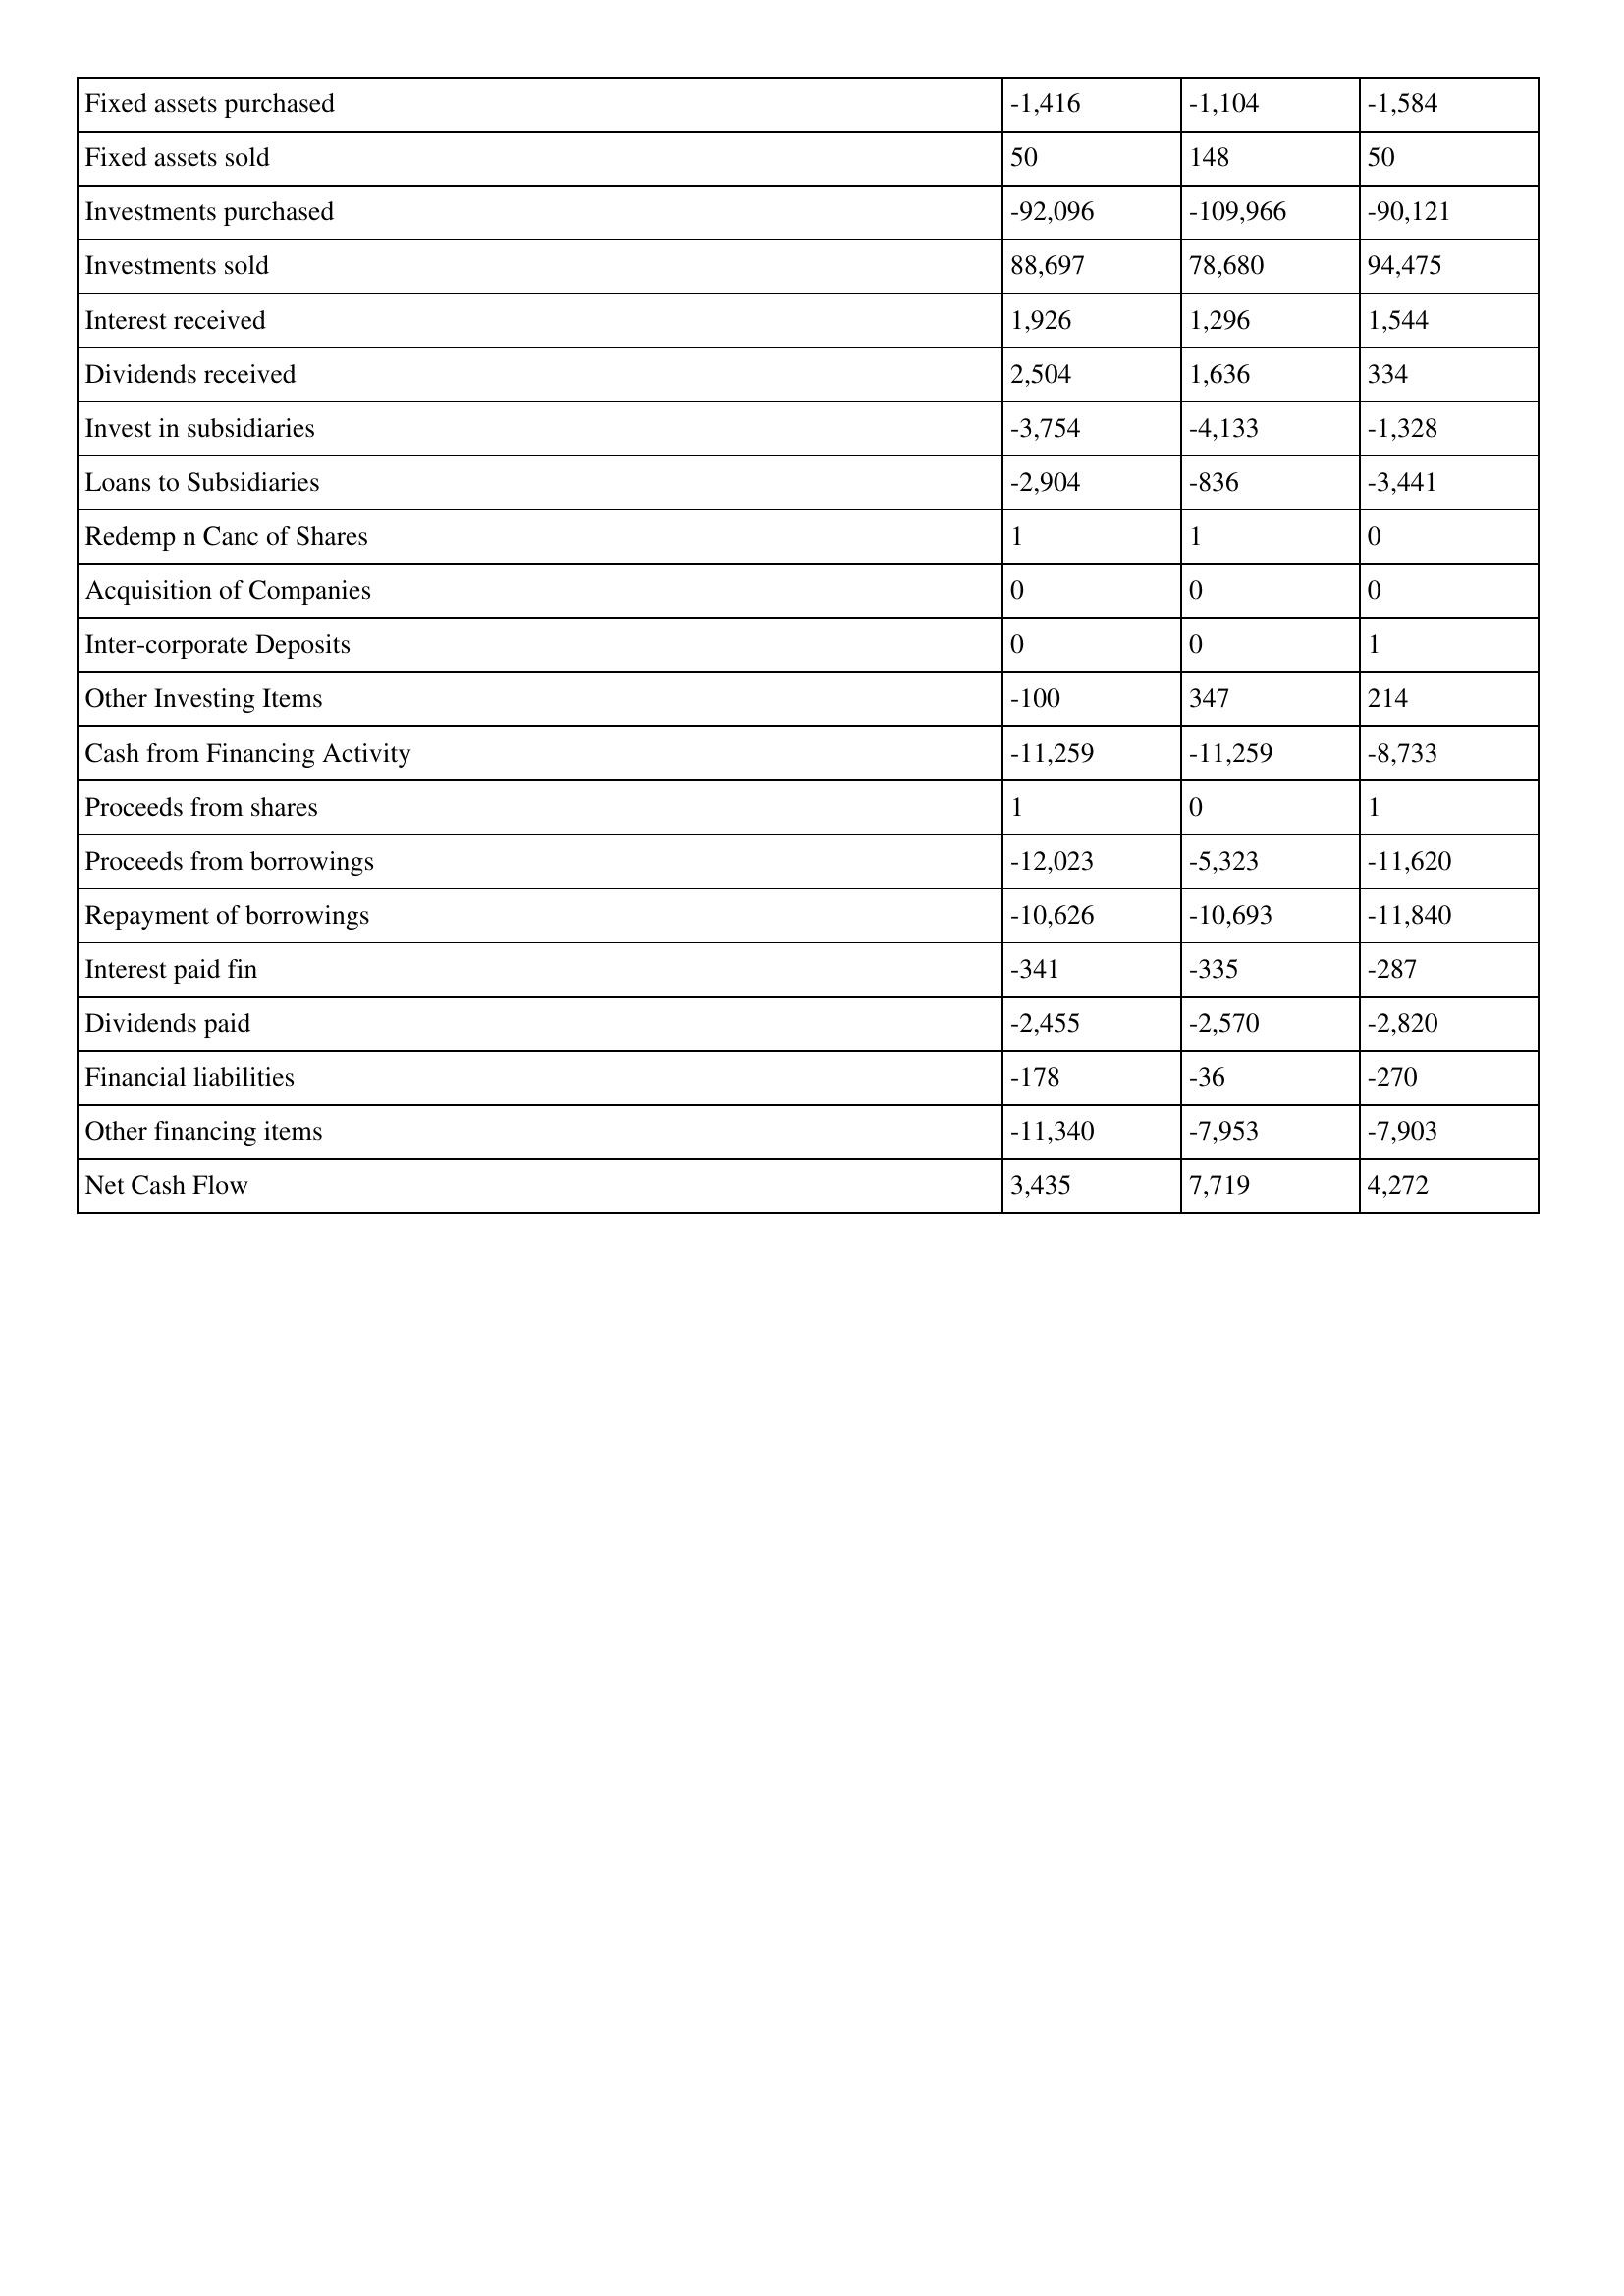
gt_parse: 2018: Cash Flows: Fixed assets purchased: -1,416
Fixed assets sold: 50
Investments purchased: -92,096
Investments sold: 88,697
Interest received: 1,926
Dividends received: 2,504
Invest in subsidiaries: -3,754
Loans to Subsidiaries: -2,904
Redemp n Canc of Shares: 1
Acquisition of Companies: 0
Inter-corporate Deposits: 0
Other Investing Items: -100
Cash from Financing Activity: -11,259
Proceeds from shares: 1
Proceeds from borrowings: -12,023
Repayment of borrowings: -10,626
Interest paid fin: -341
Dividends paid: -2,455
Financial liabilities: -178
Other financing items: -11,340
Net Cash Flow: 3,435
2017: Cash Flows: Fixed assets purchased: -1,104
Fixed assets sold: 148
Investments purchased: -109,966
Investments sold: 78,680
Interest received: 1,296
Dividends received: 1,636
Invest in subsidiaries: -4,133
Loans to Subsidiaries: -836
Redemp n Canc of Shares: 1
Acquisition of Companies: 0
Inter-corporate Deposits: 0
Other Investing Items: 347
Cash from Financing Activity: -11,259
Proceeds from shares: 0
Proceeds from borrowings: -5,323
Repayment of borrowings: -10,693
Interest paid fin: -335
Dividends paid: -2,570
Financial liabilities: -36
Other financing items: -7,953
Net Cash Flow: 7,719
2016: Cash Flows: Fixed assets purchased: -1,584
Fixed assets sold: 50
Investments purchased: -90,121
Investments sold: 94,475
Interest received: 1,544
Dividends received: 334
Invest in subsidiaries: -1,328
Loans to Subsidiaries: -3,441
Redemp n Canc of Shares: 0
Acquisition of Companies: 0
Inter-corporate Deposits: 1
Other Investing Items: 214
Cash from Financing Activity: -8,733
Proceeds from shares: 1
Proceeds from borrowings: -11,620
Repayment of borrowings: -11,840
Interest paid fin: -287
Dividends paid: -2,820
Financial liabilities: -270
Other financing items: -7,903
Net Cash Flow: 4,272